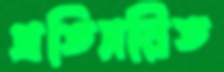
প্রতিসরিত